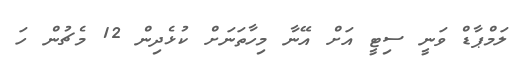
ލަމްޕާޑް ވަނީ ސިޓީ އަށް އޭނާ މިހާތަނަށް ކުޅެދިން 12 މެޗުން ހަ